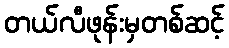
တယ်လီဖုန်းမှတစ်ဆင့်